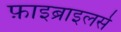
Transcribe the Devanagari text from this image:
फ़ाइब्राइलर्स